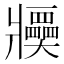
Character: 𤖤